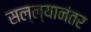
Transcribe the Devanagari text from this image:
सल्ल्यानंतर